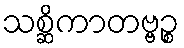
သစ္ဆိကာတဗ္ဗဉ္စ